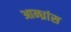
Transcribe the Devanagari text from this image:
आन्ध्रांस